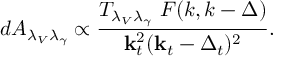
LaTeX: d { \cal A } _ { \lambda _ { V } \lambda _ { \gamma } } \propto { \frac { T _ { \lambda _ { V } \lambda _ { \gamma } } \ { \cal F } ( k , k - \Delta ) } { { \bf k } _ { t } ^ { 2 } ( { \bf k } _ { t } - \Delta _ { t } ) ^ { 2 } } } .